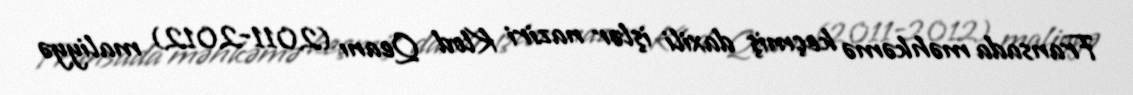
Fransada məhkəmə keçmiş daxili işlər naziri Klod Qeanı (2011-2012) maliyyə